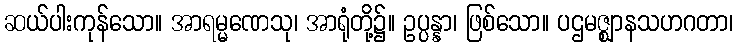
ဆယ်ပါးကုန်သော။ အာရမ္မဏေသု၊ အာရုံတို့၌။ ဥပ္ပန္နာ၊ ဖြစ်သော။ ပဌမဇ္ဈာနသဟဂတာ၊